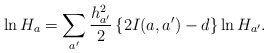
\begin{align*}\ln H_a=\sum_{a'}\frac{h_{a'}^2}{2} \left\{ 2I(a,a')-d \right\} \ln H_{a'}.\end{align*}